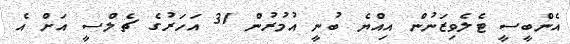
އެންބީސީ ޓެލެވިޒަނުން އިއްޔެ ބުނީ އުމުރުން 31 އަހަރުގެ ޗެލްސީ އަށް އެ